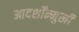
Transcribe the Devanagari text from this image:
आदर्शोंन्मुखी